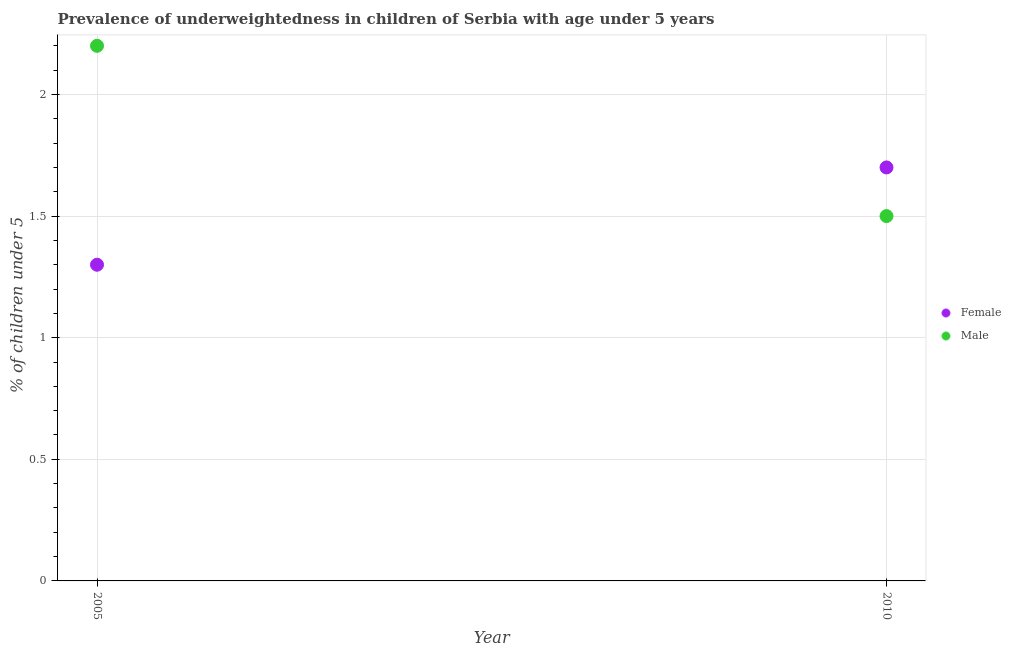
| Year | Female | Male |
 | --- | --- | --- |
 | 2005 | 1.3 | 2.2 |
 | 2010 | 1.7 | 1.5 |